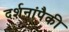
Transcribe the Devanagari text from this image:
दर्शनांपैकी